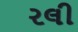
રલી